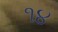
૧૪